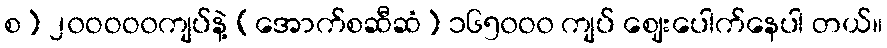
စ) ၂၀ဝဝဝ၀ကျပ်နဲ့ (အောက်စဆီဆံ) ၁၆၅၀ဝ၀ ကျပ် ဈေးပေါက်နေပါ တယ်။